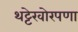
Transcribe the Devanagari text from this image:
थट्टेखोरपणा